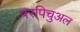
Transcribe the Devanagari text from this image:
परपिचुअल